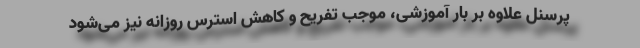
پرسنل علاوه بر بار آموزشی، موجب تفریح و کاهش استرس روزانه نیز می‌شود